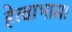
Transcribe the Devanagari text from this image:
हेत्वाभास।